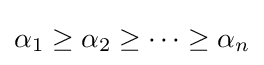
\alpha _{1}\geq \alpha _{2}\geq \cdots \geq \alpha _{n}